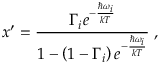
x ^ { \prime } = \frac { \Gamma _ { i } e ^ { - { \frac { \hbar \omega _ { i } } { k T } } } } { 1 - \left( 1 - \Gamma _ { i } \right) e ^ { - { \frac { \hbar \omega _ { i } } { k T } } } } \; ,